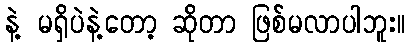
နဲ့ မရှိပဲနဲ့တော့ ဆိုတာ ဖြစ်မလာပါဘူး။